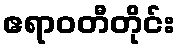
ဧရာဝတီတိုင်း